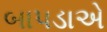
બાપડાએ